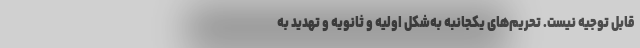
قابل توجیه نیست. تحریم‌های یکجانبه به‌شکل اولیه و ثانویه و تهدید به